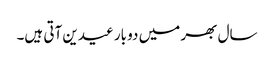
سال بھر میں دو بار عیدین آتی ہیں۔